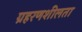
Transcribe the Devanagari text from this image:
ग्रहरणशीलता